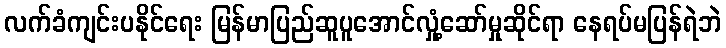
လက်ခံကျင်းပနိုင်ရေး မြန်မာပြည်ဆူပူအောင်လှုံ့ဆော်မှုဆိုင်ရာ နေရပ်မပြန်ရဲဘဲ